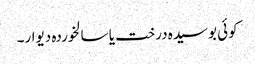
کوئی بوسیدہ درخت یا سالخوردہ دیوار۔